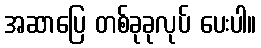
အဆာပြေ တစ်ခုခုလုပ် ပေးပါ။